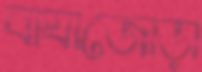
বাঘাজোড়া